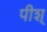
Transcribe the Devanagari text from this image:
पीश्